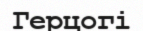
Герцогі